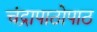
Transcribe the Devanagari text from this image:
चंद्रापाठोपाठ